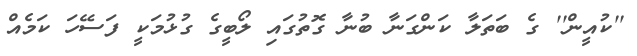
''ކުއީން'' ގެ ބަތަލާ ކަންގަނާ ބުނާ ގޮތުގައި ލޯބީގެ ގުޅުމަކީ ފަސޭހަ ކަމެއް